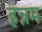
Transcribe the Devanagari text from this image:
हन्नम